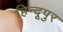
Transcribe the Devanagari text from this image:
हिन्दूपुर